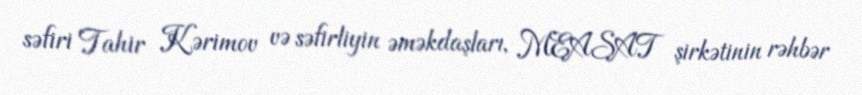
səfiri Tahir Kərimov və səfirliyin əməkdaşları, MEASAT şirkətinin rəhbər